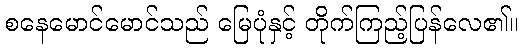
စနေမောင်မောင်သည် မြေပုံနှင့် တိုက်ကြည့်ပြန်လေ၏။